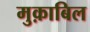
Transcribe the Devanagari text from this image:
मुक़ाबिल